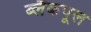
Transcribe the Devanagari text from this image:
ब्लैंकपूल